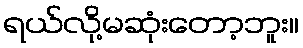
ရယ်လို့မဆုံးတော့ဘူး။